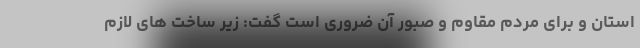
استان و برای مردم مقاوم و صبور آن ضروری است گفت: زیر ساخت های لازم